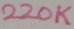
Text: 220K